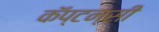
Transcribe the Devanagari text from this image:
कॅप्टन्सी